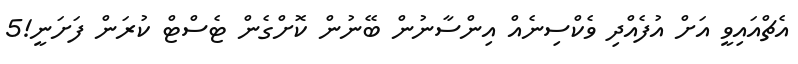
އެޗްއައިވީ އަށް އުފެއްދި ވެކްސިނެއް އިންސާނުން ބޭނުން ކޮށްގެން ޓެސްޓް ކުރަން ފަށަނީ!5